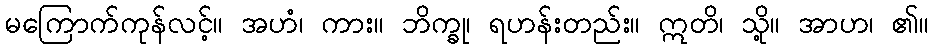
မကြောက်ကုန်လင့်။ အဟံ၊ ကား။ ဘိက္ခု၊ ရဟန်းတည်း။ ဣတိ၊ သို့။ အာဟ၊ ၏။